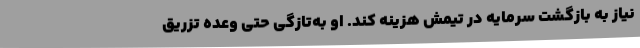
نیاز به بازگشت سرمایه در تیمش هزینه کند. او به‌تازگی حتی وعده تزریق